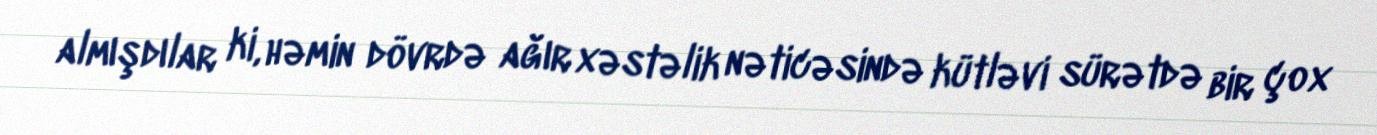
almışdılar ki, həmin dövrdə ağır xəstəlik nəticəsində kütləvi sürətdə bir çox